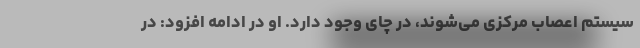
سیستم اعصاب مرکزی می‌شوند، در چای وجود دارد. او در ادامه افزود: در